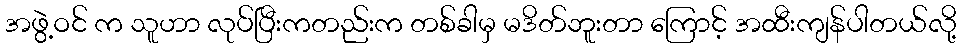
အဖွဲ့ဝင် က သူဟာ လုပ်ပြီးကတည်းက တစ်ခါမှ မဒိတ်ဘူးတာ ကြောင့် အထီးကျန်ပါတယ်လို့